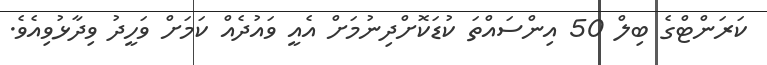
ކަރަންޓްގެ ބިލް 50 އިންސައްތަ ކުޑަކޮށްދިނުމަށް އެއީ ވައުދެއް ކަމަށް ވަހީދު ވިދާޅުވިއެވެ.